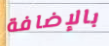
بالإضافة